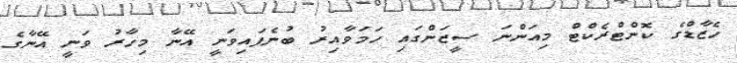
ހެޒާޑްގެ ކޮންޓްރެކްޓް މިއަންނަ ސީޒަންގައި ހަމަވާއިރު ބުނެފައިވަނީ އޭނާ މިހާރު ވަނީ އޭނާގެ